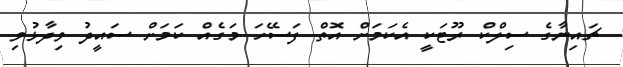
ޗައިނާގެ ސިލްކް ރޫޓަކީ އެކަމަށް އޮތް ފަސޭހަ މަގެއް ކަމަށް ސައީދު ވިދާޅުވި